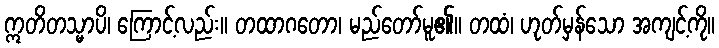
ဣတိတသ္မာပိ၊ ကြောင့်လည်း။ တထာဂတော၊ မည်တော်မူ၏။ တထံ၊ ဟုတ်မှန်သော အကျင့်ကို။